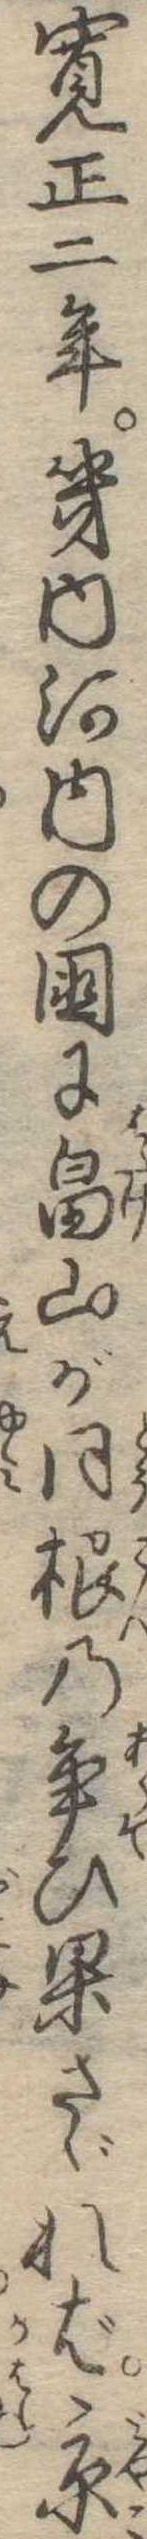
寛正二年畿内河内の国に畠山が同根の争ひ果さゞれば京